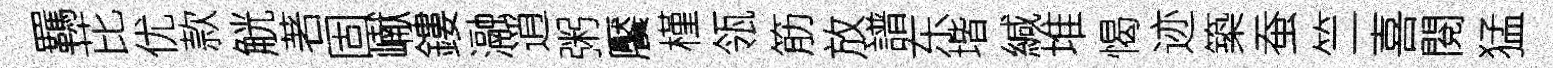
羈芘优款觥著固𪩘鏤瀜逍粥饜槿瓴筋放譜东堦緘堆愒迹築蚕竺喜閱猛